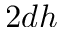
2 d h